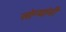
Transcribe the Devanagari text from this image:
सोन्यांनी